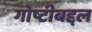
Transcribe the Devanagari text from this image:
गोष्टीबद्दल